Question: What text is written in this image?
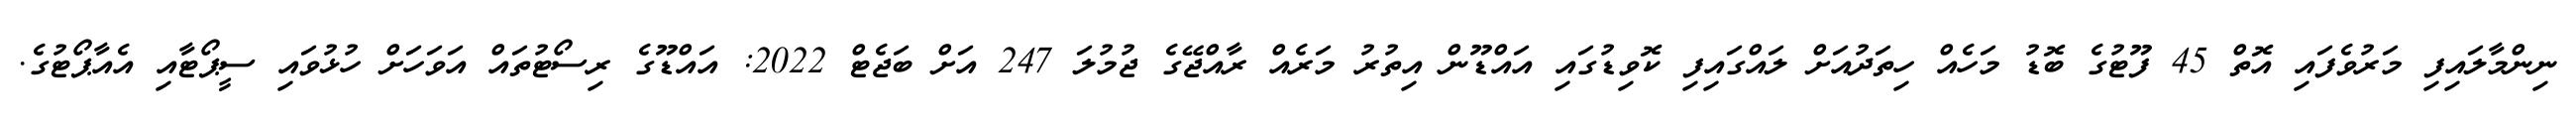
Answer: ނިންމާލައިފި މަރުވެފައި އޮތް 45 ފޫޓުގެ ބޮޑު މަހެއް ހިތަދުއަށް ލައްގައިފި ކޮވިޑުގައި އައްޑޫން އިތުރު މަރެއް ރާއްޖޭގެ ޖުމުލަ 247 އަށް ބަޖެޓް 2022: އައްޑޫގެ ރިސޯޓުތައް އަވަހަށް ހުޅުވައި ސީޕޯޓާއި އެއާޕޯޓުގެ.